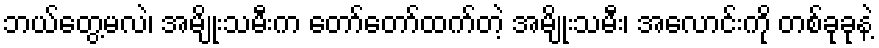
ဘယ်တွေ့မလဲ၊ အမျိုးသမီးက တော်တော်ထက်တဲ့ အမျိုးသမီး၊ အလောင်းကို တစ်ခုခုနဲ့